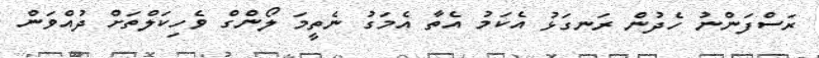
ރަސްފަންނު ހެދުން ރަނގަޅު އެކަމު އެތާ އެމަގު ނެތީމަ ލޯންގް ވެހިކަލްތަށް ދުއްވަން